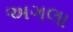
અગલા